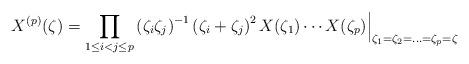
LaTeX: \begin{align*}X^{(p)}(\zeta)=\prod_{1\leq i<j\leq p}\left(\zeta_i\zeta_j\right)^{-1}\left(\zeta_i+\zeta_j\right)^{2}X(\zeta_1)\cdots X(\zeta_p)\Big|_{\zeta_1 =\zeta_2=\ldots=\zeta_p=\zeta}\end{align*}